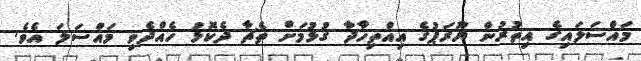
މައްސަލައިގެ އިތުރުން ޔޫރަޕުގެ އިއްތިހާދާ ގުޅުމަށް ތެޗާ ދެކޮޅު ހެއްދެވި މައްސަލަ އެވެ.